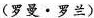
(罗曼 · 罗兰)